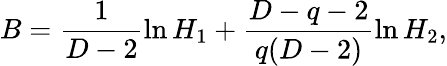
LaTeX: B=\frac{1}{D-2}\ln H_{1}+\frac{D-q-2}{q(D-2)}\ln H_{2},